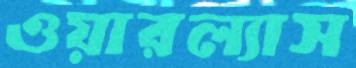
ওয়ারল্যাস